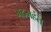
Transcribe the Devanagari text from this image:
मठमहंत